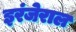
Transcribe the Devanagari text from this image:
इरंजेराल